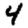
Digit: 4